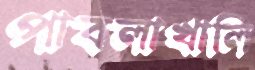
পাবলাখালি